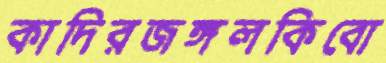
কাদিরজঙ্গলকিবো